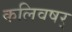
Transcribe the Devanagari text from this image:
कलिवषर्